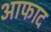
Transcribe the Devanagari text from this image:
आफाद